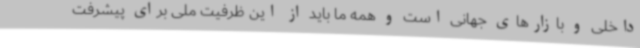
داخلی و بازارهای جهانی است و همه ما باید از این ظرفیت ملی برای پیشرفت